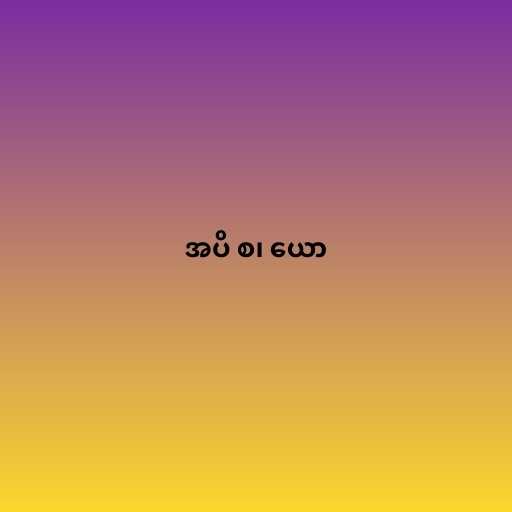
အပိ စ၊ ယော